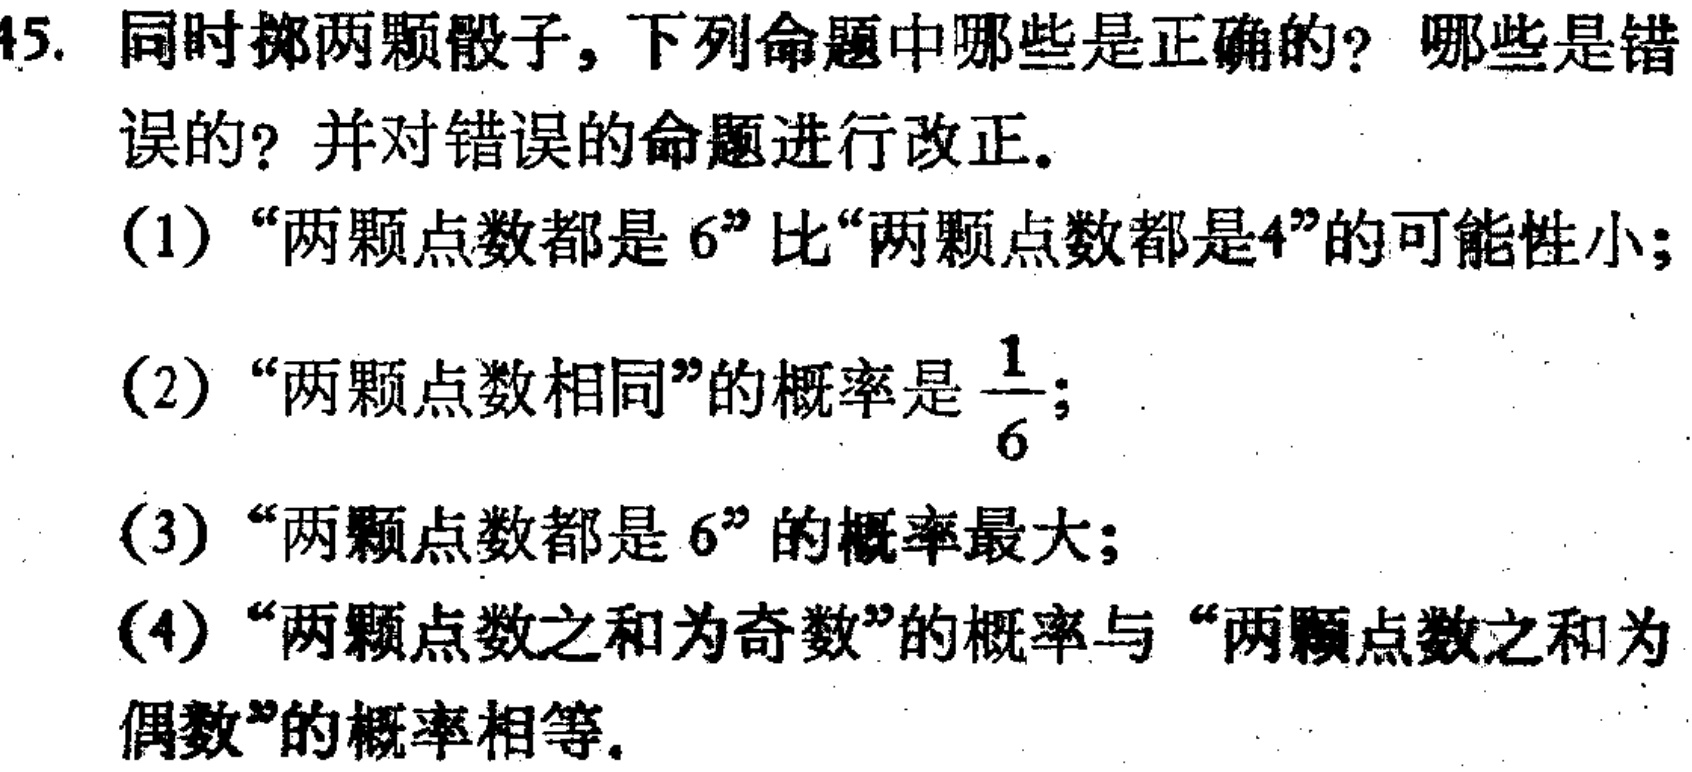
45. 同时掷两颗骰子，下列命题中哪些是正确的？哪些是错误的？并对错误的命题进行改正。
(1) “两颗点数都是6”比“两颗点数都是4”的可能性小；
(2) “两颗点数相同”的概率是$\frac{1}{6}$；
(3) “两颗点数都是6”的概率最大；
(4) “两颗点数之和为奇数”的概率与“两颗点数之和为偶数”的概率相等。